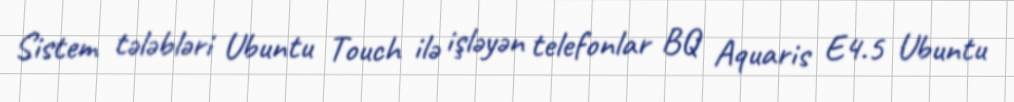
Sistem tələbləri Ubuntu Touch ilə işləyən telefonlar BQ Aquaris E4.5 Ubuntu